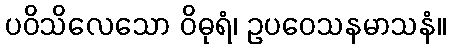
ပဝိသိလေသော ဝိဓုရံ၊ ဥပဝေသနမာသနံ။